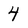
Character: 4